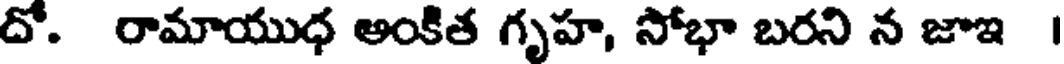
దో. రామాయుధ అంకిత గృహ, సోభా బరని న జాఇ